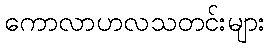
ကောလာဟလသတင်းများ